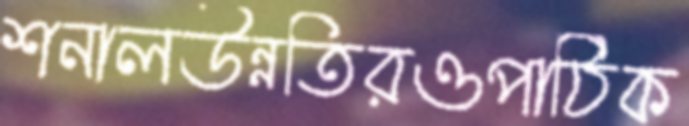
শনালউন্নতিরওপাঠিক